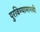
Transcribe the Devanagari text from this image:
पुरविण्यामागची